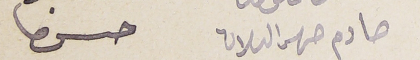
حادم صهر الىلان             حسن